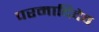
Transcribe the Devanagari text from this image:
परमादिदेव